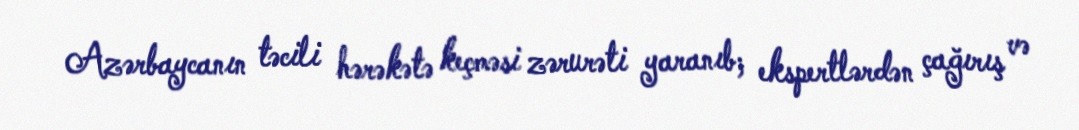
Azərbaycanın təcili hərəkətə keçməsi zərurəti yaranıb; ekspertlərdən çağırış və